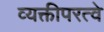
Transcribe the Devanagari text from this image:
व्यक्तीपरत्वे